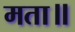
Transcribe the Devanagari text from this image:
मता॥